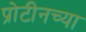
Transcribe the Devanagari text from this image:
प्रोटीनच्या